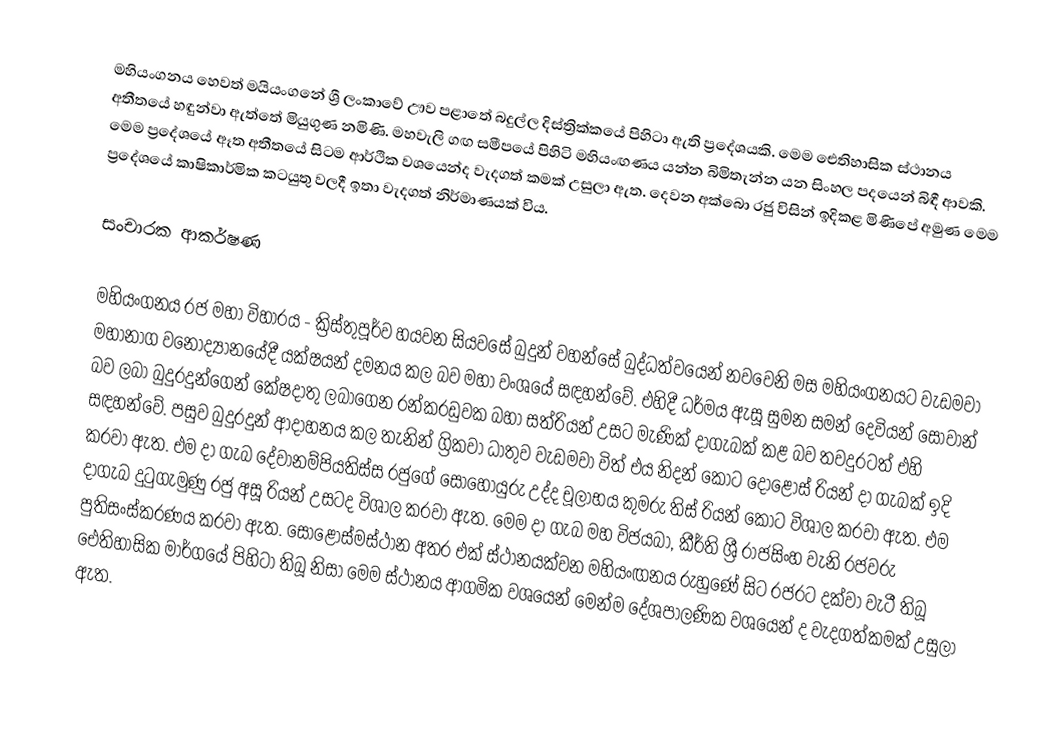
මහියංගනය හෙවත් මයියංගනේ ශ්‍රී ලංකාවේ ඌව පළාතේ බදුල්ල දිස්ත්‍රික්කයේ පිහිටා ඇති ප්‍රදේශයකි.  මෙම ඓතිහාසික ස්ථානය අතීතයේ හඳුන්වා ඇත්තේ මියුගුණ නමිණි. මහවැලි ගඟ සමීපයේ පිහිටි මහියංඟණය යන්න බිමිතැන්න යන සිංහල පදයෙන් බිඳී ආවකි. මෙම ප්‍රදේශයේ ඈත අතීතයේ සිටම ආර්ථික වශයෙන්ද වැදගත් කමක් උසුලා ඇත. දෙවන අක්බො රජු විසින් ඉදිකළ මිණිපේ අමුණ මෙම ප්‍රදේශයේ කාෂිකාර්මික කටයුතු වලදී ඉතා වැදගත් නිර්මාණයක් විය.

සංචාරක ආකර්ෂණ

මහියංගනය රජ මහා විහාරය - ක්‍රිස්තුපූර්ව හයවන සියවසේ බුදුන් වහන්සේ බුද්ධත්වයෙන් නවවෙනි මස මහියංගනයට වැඩමවා මහානාග වනෝද්‍යානයේදී යක්ෂයන් දමනය කල බව මහා වංශයේ සඳහන්වේ. එහිදී ධර්මය ඇසූ සුමන සමන් දෙවියන් සෝවාන් බව ලබා බුදුරදුන්ගෙන් කේෂදාතු ලබාගෙන රන්කරඩුවක බහා සත්රියන් උසට මැණික් දාගැබක් කළ බව තවදුරටත් එහි සඳහන්වේ. පසුව බුදුරදුන් ආදාහනය කල තැනින් ග්‍රිකවා ධාතුව වැඩමවා විත් එය නිදන් කොට දොළොස් රියන් දා ගැබක් ඉදි කරවා ඇත. එම දා ගැබ දේවානම්පියතිස්ස රජුගේ සොහොයුරු උද්ද චූලාභය කුමරු තිස් රියන් කොට විශාල කරවා ඇත. එම දාගැබ දුටුගැමුණු රජු අසූ රියන් උසටද විශාල කරවා ඇත. මෙම දා ගැබ මහ විජයබා, කීර්ති ශ්‍රී රාජසිංහ වැනි රජවරු පුතිසංස්කරණය කරවා ඇත. සොළොස්මස්ථාන අතර එක් ස්ථානයක්වන මහියංඟනය රුහුණේ සිට රජරට දක්වා වැටී තිබූ ඓතිහාසික මාර්ගයේ පිහිටා තිබූ නිසා මෙම ස්ථානය ආගමික වශයෙන් මෙන්ම දේශපාලණික වශයෙන් ද වැදගත්කමක් උසුලා ඇත.